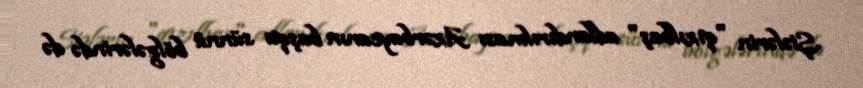
Şiələrin "qızılbaş" adlandırılması Azərbaycanın başqa sünnü bölgələrində də